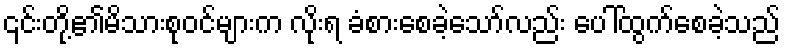
၎င်းတို့၏မိသားစုဝင်များက လိုးရ ခံစားစေခဲ့သော်လည်း ပေါ်ထွက်စေခဲ့သည်